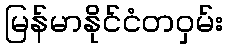
မြန်မာနိုင်ငံတဝှမ်း